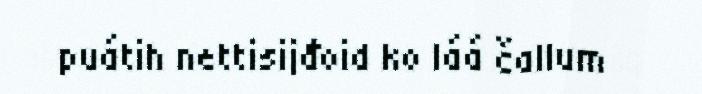
puátih nettisijđoid ko láá čallum